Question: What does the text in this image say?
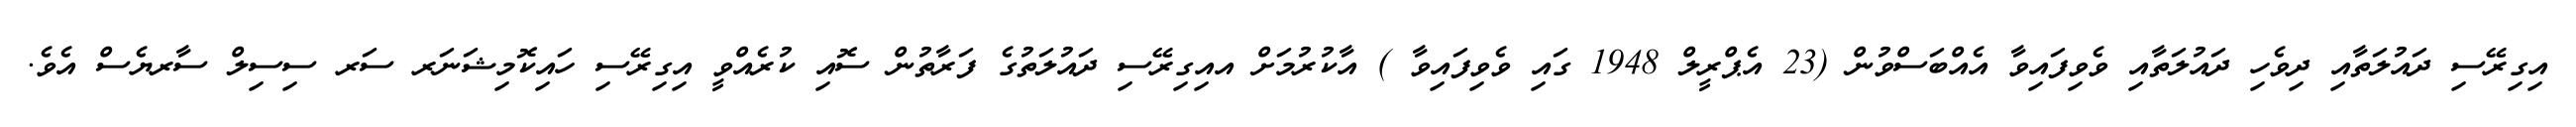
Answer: އިގިރޭސި ދައުލަތާއި ދިވެހި ދައުލަތާއި ވެވިފައިވާ އެއްބަސްވުން (23 އެޕްރީލް 1948 ގައި ވެވިފައިވާ ) އާކުރުމަށް އއިގިރޭސި ދައުލަތުގެ ފަރާތުން ސޮއި ކުރެއްވީ އިގިރޭސި ހައިކޮމިޝަނަރ ސަރ ސިސިލް ސާރޔެސް އެވެ.